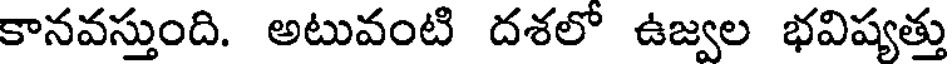
కానవస్తుంది. అటువంటి దశలో ఉజ్వల భవిష్యత్తు